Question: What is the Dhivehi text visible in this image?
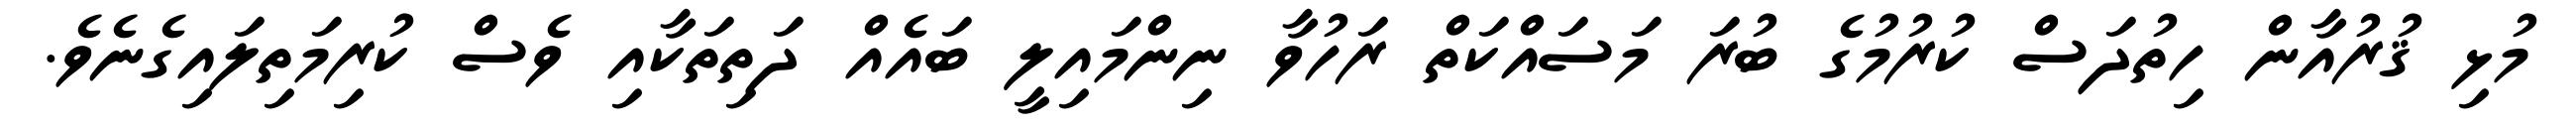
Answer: މުޅި ޤުރުއާން ހިތުދަސް ކުރުމުގެ ބުރަ މަސައްކަތް ރަހުވާ ނިންމައިލީ ބައެއް ދަތިތަކާއި ވެސް ކުރިމަތިލައިގެނެވެ.